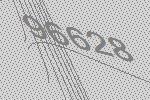
96628